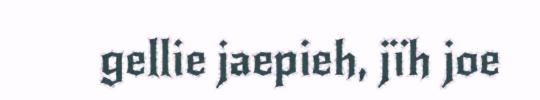
gellie jaepieh, jïh joe